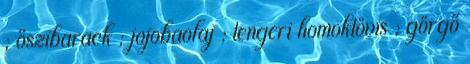
; őszibarack ; jojobaolaj ; tengeri homoktövis ; görgő